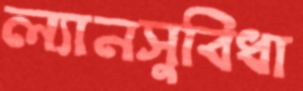
ল্যানসুবিধা